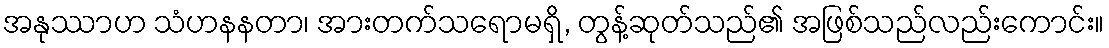
အနုဿာဟ သံဟနနတာ၊ အားတက်သရောမရှိ, တွန့်ဆုတ်သည်၏ အဖြစ်သည်လည်းကောင်း။